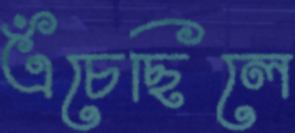
এঁচেছিলে